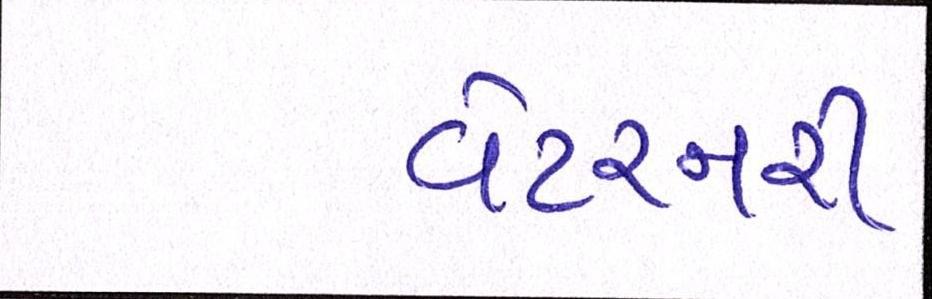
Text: વેટરનરી